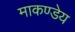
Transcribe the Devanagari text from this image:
माकण्डेय